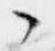
々